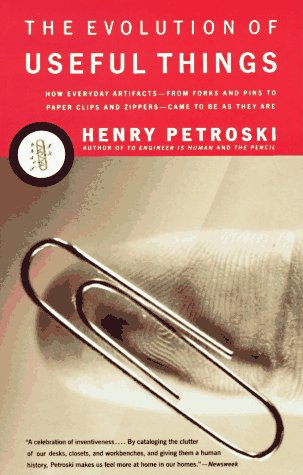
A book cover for The Evolution of Useful Things: How Everyday Artifacts-From Forks and Pins to Paper Clips and Zippers-Came to be as They are; Henry Petroski; Science & Math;